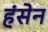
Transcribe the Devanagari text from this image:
हंसेन